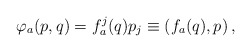
\begin{align*}\varphi_a(p,q)=f^j_a(q)p_j\equiv(f_a(q),p)\,,\end{align*}